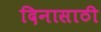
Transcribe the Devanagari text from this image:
दिनासाठी